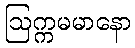
ဩက္ကမမာနော